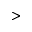
>